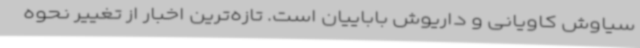
سیاوش کاویانی و داریوش باباییان است. تازه‌ترین اخبار از تغییر نحوه